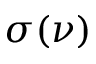
\sigma ( \nu )